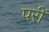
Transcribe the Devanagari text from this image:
परीं